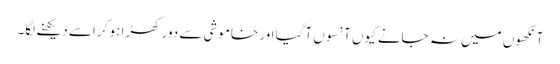
آنکھوں میں نہ جانے کیوں آنسوں آگیا اور خاموشی سے دور کھڑا ہو کر اسے دیکھنے لگا۔